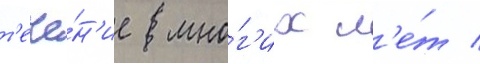
т'ече́н'ие мно́г'их л'е́т /